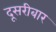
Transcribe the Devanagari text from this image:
दूसरीबार